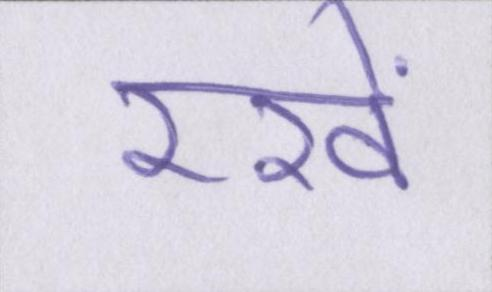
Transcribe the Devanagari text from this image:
रखें